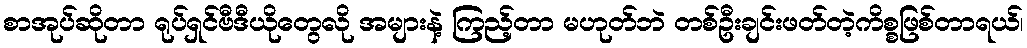
စာအုပ်ဆိုတာ ရုပ်ရှင်ဗီဒီယိုတွေလို အများနဲ့ ကြည့်တာ မဟုတ်ဘဲ တစ်ဦးချင်းဖတ်တဲ့ကိစ္စဖြစ်တာရယ်၊